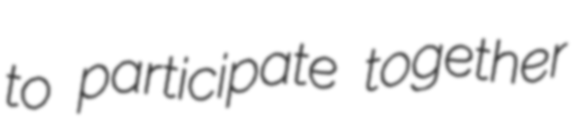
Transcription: to participate together